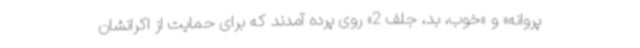
پروانه» و «خوب، بد، جلف 2» روی پرده آمدند که برای حمایت از اکرانشان